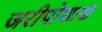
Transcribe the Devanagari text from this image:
जरीपोशाख